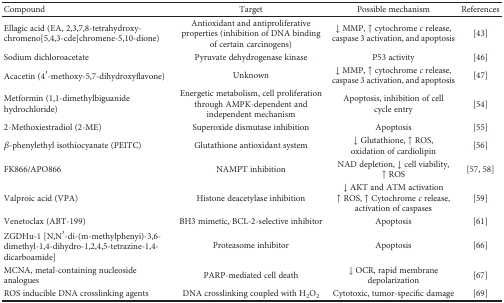
| Compound | Target | Possible mechanism | References |
 | --- | --- | --- | --- |
 | Ellagic acid (EA, 2,3,7,8-tetrahydroxy-chromeno[5,4,3-cde]chromene-5,10-dione) | Antioxidant and antiproliferative properties (inhibition of DNA binding of certain carcinogens) | ↓ MMP, ↑ cytochrome c release, caspase 3 activation, and apoptosis | [43] |
 | Sodium dichloroacetate | Pyruvate dehydrogenase kinase | P53 activity | [46] |
 | Acacetin (4′-methoxy-5,7-dihydroxyflavone) | Unknown | ↓ MMP, ↑ cytochrome c release, caspase 3 activation, and apoptosis | [47] |
 | Metformin (1,1-dimethylbiguanide hydrochloride) | Energetic metabolism, cell proliferation through AMPK-dependent and independent mechanism | Apoptosis, inhibition of cell cycle entry | [54] |
 | 2-Methoxiestradiol (2-ME) | Superoxide dismutase inhibition | Apoptosis | [55] |
 | β-phenylethyl isothiocyanate (PEITC) | Glutathione antioxidant system | ↓ Glutathione, ↑ ROS, oxidation of cardiolipin | [56] |
 | FK866/APO866 | NAMPT inhibition | NAD depletion, ↓ cell viability, ↑ ROS | [57, 58] |
 | Valproic acid (VPA) | Histone deacetylase inhibition | ↓ AKT and ATM activation↑ ROS, ↑ Cytochrome c release, activation of caspases | [59] |
 | Venetoclax (ABT-199) | BH3 mimetic, BCL-2-selective inhibitor | Apoptosis | [61] |
 | ZGDHu-1 [N,N′-di-(m-methylphenyi)-3,6-dimethyl-1,4-dihydro-1,2,4,5-tetrazine-1,4-dicarboamide] | Proteasome inhibitor | Apoptosis | [66] |
 | MCNA, metal-containing nucleoside analogues | PARP-mediated cell death | ↓ OCR, rapid membrane depolarization | [67] |
 | ROS inducible DNA crosslinking agents | DNA crosslinking coupled with H2O2 | Cytotoxic, tumor-specific damage | [69] |